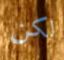
لكن